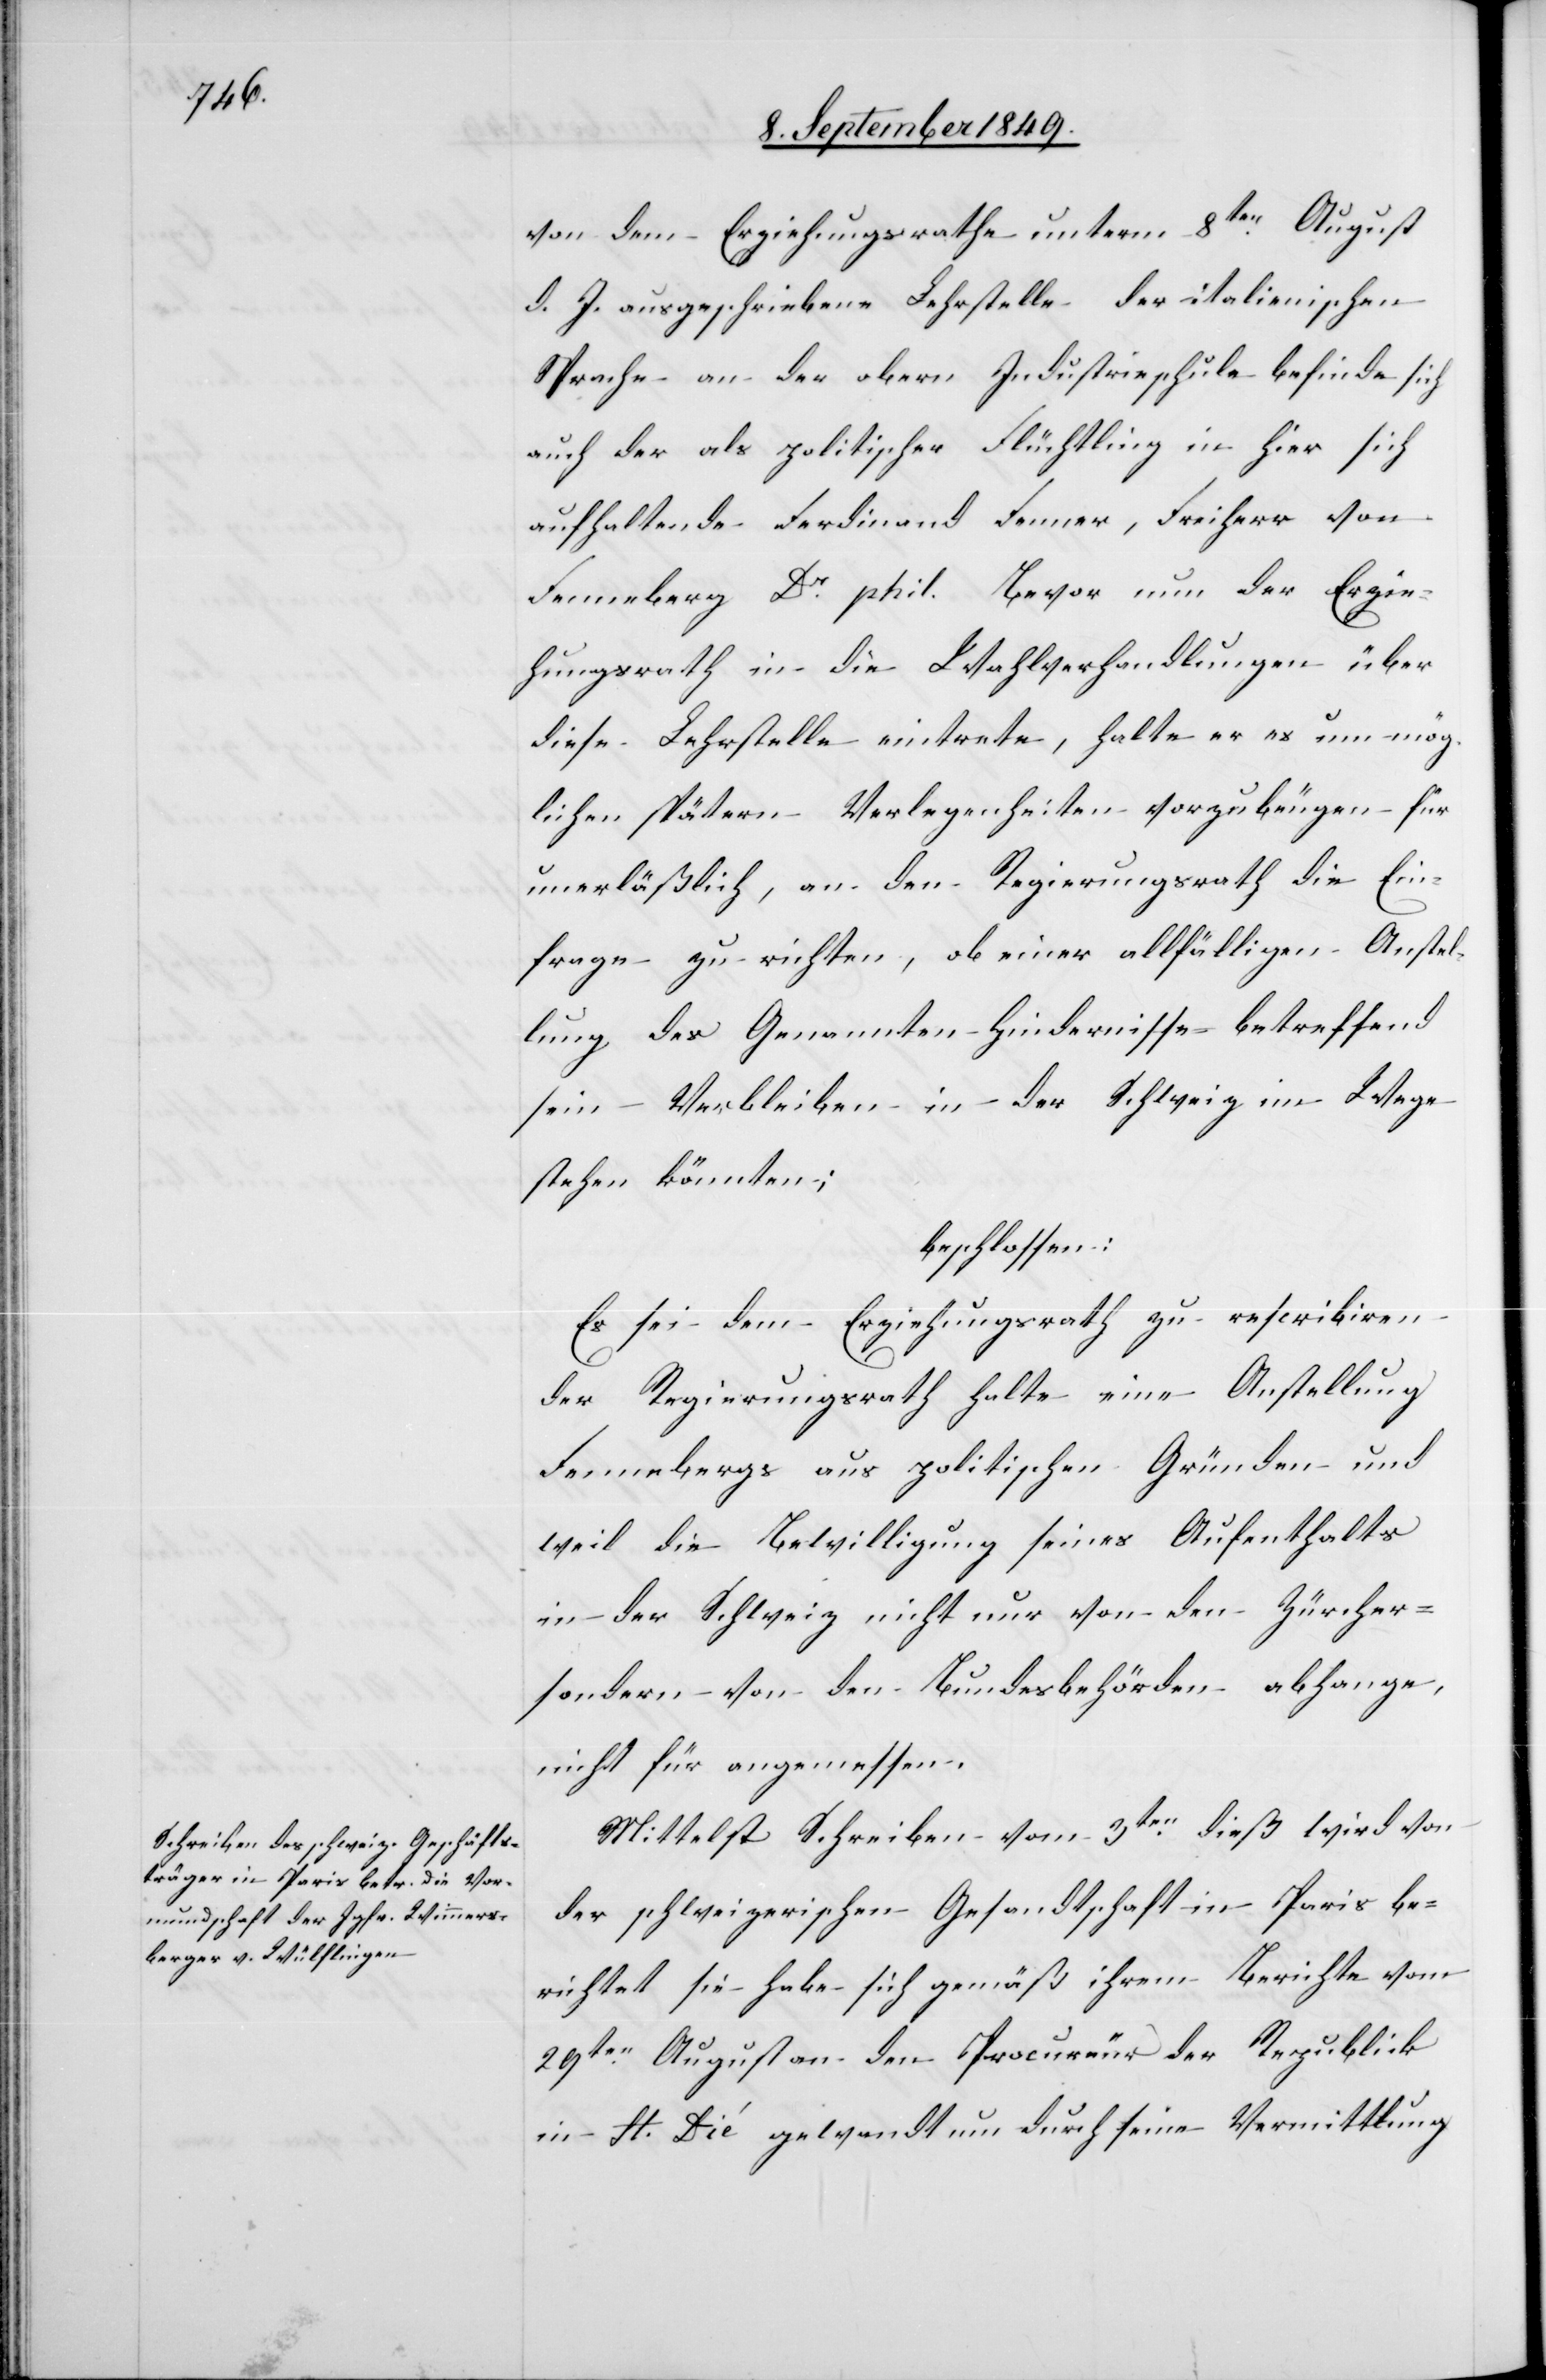
von dem Erziehungsrathe unterm 8ten August
d. J. ausgeschriebene Lehrstelle der italienischen
Sprache an der obern Industrieschule befinde sich
auch der als politische Flüchtling in hier sich
aufhaltende Ferdinand Fenner, Freiherr von
Fenneberg Dr phil. Bevor nun der Erzie¬
hungsrath in die Wahlverhandlungen über
diese Lehrstelle eintrete, halte er es um mög¬
lichen spätern Verlegenheiten vorzubeugen für
unerläßlich, an den Regierungsrath die Ein¬
frage zu richten, ob einer allfälligen Anstel¬
lung des Genannten Hindernisse betreffend
sein Verbleiben in der Schweiz im Wege
stehen könnten;
beschlossen:
Es sei dem Erziehungsrath zu rescribiren
der Regierungsrath halte eine Anstellung
Fennebergs aus politischen Gründen und
weil die Bewilligung seines Aufenthalts
in der Schweiz nicht nur von den Zürcher-
sondern von den Bundesbehörden abhange,
nicht für angemessen.
Mittelst Schreiben vom 3ten dieß wird von
der schweizerischen Gesandtschaft in Paris be¬
richtet sie habe sich gemäß ihrem Berichte vom
29ten August an den Procureur der Republik
in St. Dié gewandt um durch seine Vermittlung